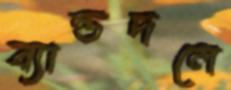
ব্যান্ডদলে